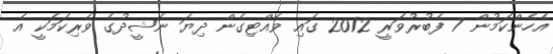
އެހެންކަމުން 7 ފެބުރުވަރީ 2012 ގައި ވެއްޓިގެން ދިޔަ ނަޝީދުގެ ވެރިކަމަކީ އެ